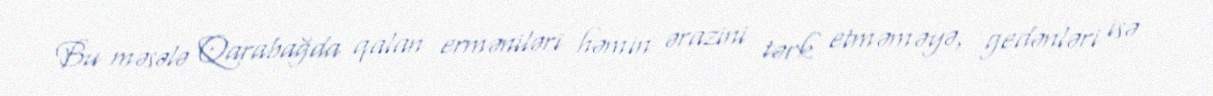
Bu məsələ Qarabağda qalan erməniləri həmin ərazini tərk etməməyə, gedənləri isə